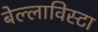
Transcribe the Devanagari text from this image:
बेल्लाविस्टा